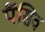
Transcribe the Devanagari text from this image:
पैंसिव